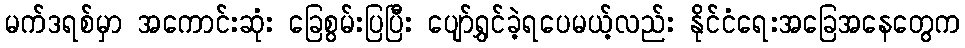
မက်ဒရစ်မှာ အကောင်းဆုံး ခြေစွမ်းပြပြီး ပျော်ရွှင်ခဲ့ရပေမယ့်လည်း နိုင်ငံရေးအခြေအနေတွေက